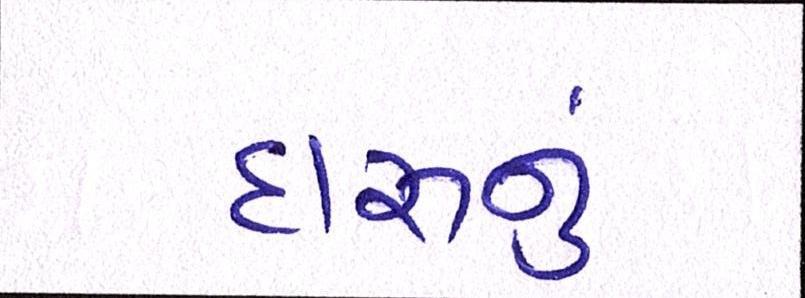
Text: દારૂનુ